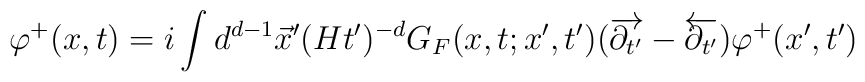
\varphi^+(x,t)=i\int d^{d-1} \vec{x}' (Ht')^{-d}G_F(x,t;x',t') (\overrightarrow{ \partial_{t'}} -\overleftarrow{\partial_{t'}}) \varphi^+(x',t')